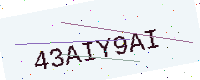
Text: 43AIY9AI